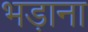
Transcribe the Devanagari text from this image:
भड़ाना